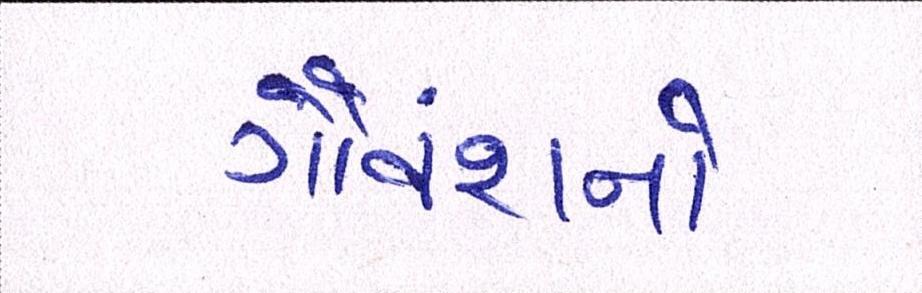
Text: ગૌવંશનો